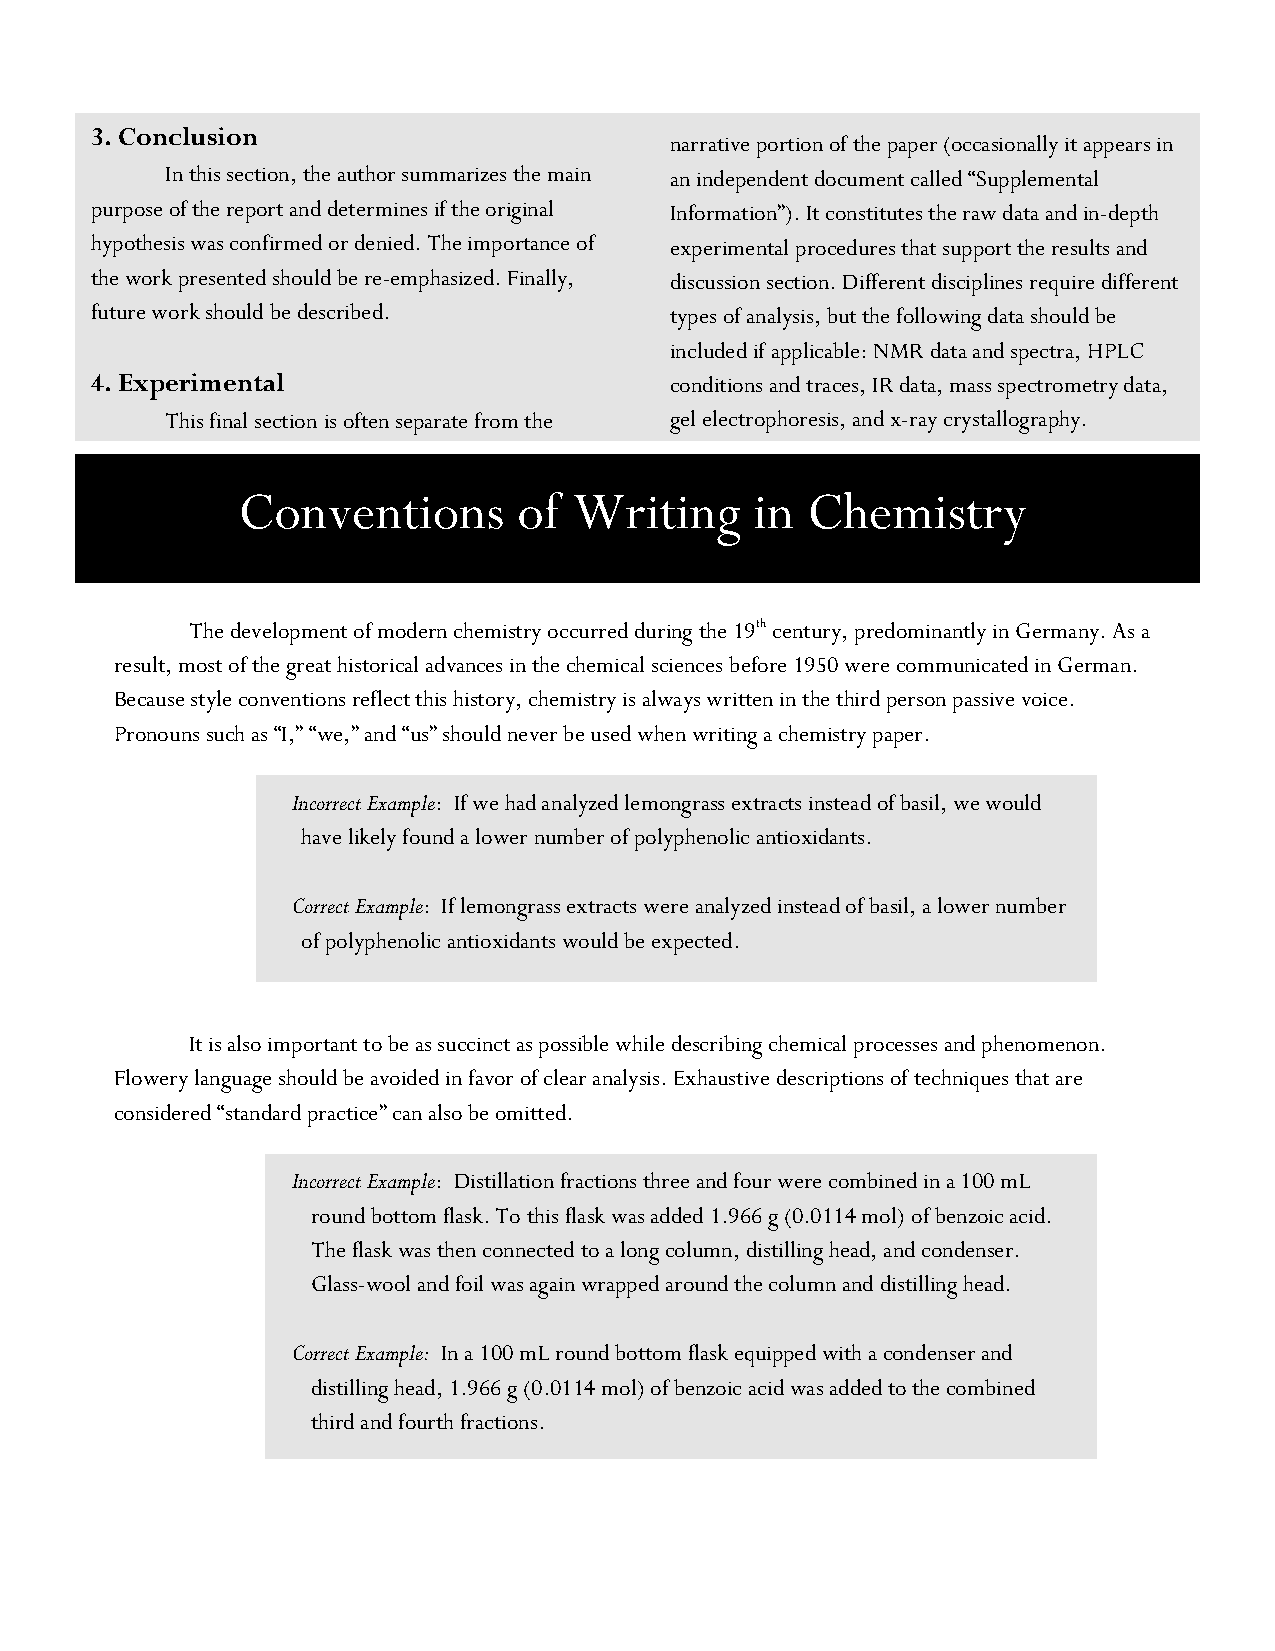
Lorem Ipsum
 3. Conclusion
 narrative portion of the paper (occasionally it appears in
 In this section, the author summarizes the main an independent document called “Supplemental
 purpose of the report and determines if the original Information”). It constitutes the raw data and in-depth
 hypothesis was confirmed or denied. The importance of experimental procedures that support the results and
 the work presented should be re-emphasized. Finally, discussion section. Different disciplines require different
 future work should be described.      types of analysis, but the following data should be
 included if applicable: NMR data and spectra, HPLC
 4. Experimental                       conditions and traces, IR data, mass spectrometry data,
 This final section is often separate from the gel electrophoresis, and x-ray crystallography.
 Conventions       of  Writing     in Chemistry
 The development of modern chemistry occurred during the 19th century, predominantly in Germany. As a
 result, most of the great historical advances in the chemical sciences before 1950 were communicated in German.
 Because style conventions reflect this history, chemistry is always written in the third person passive voice.
 Pronouns such as “I,” “we,” and “us” should never be used when writing a chemistry paper.
 Incorrect Example: If we had analyzed lemongrass extracts instead of basil, we would
 have likely found a lower number of polyphenolic antioxidants.
 Correct Example: If lemongrass extracts were analyzed instead of basil, a lower number
 of polyphenolic antioxidants would be expected.
 It is also important to be as succinct as possible while describing chemical processes and phenomenon.
 Flowery language should be avoided in favor of clear analysis. Exhaustive descriptions of techniques that are
 considered “standard practice” can also be omitted.
 Incorrect Example: Distillation fractions three and four were combined in a 100 mL
 round bottom flask. To this flask was added 1.966 g (0.0114 mol) of benzoic acid.
 The flask was then connected to a long column, distilling head, and condenser.
 Glass-wool and foil was again wrapped around the column and distilling head.
 Correct Example: In a 100 mL round bottom flask equipped with a condenser and
 distilling head, 1.966 g (0.0114 mol) of benzoic acid was added to the combined
 third and fourth fractions.
 For each of these sections, different types of research are required. First, the communication
 object or artifact being analyzed must be researched. You will provide context for the object